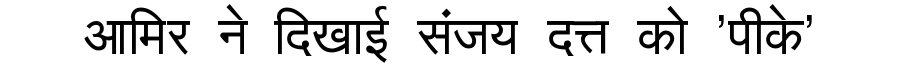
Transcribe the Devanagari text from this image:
आमिर ने दिखाई संजय दत्त को 'पीके'